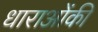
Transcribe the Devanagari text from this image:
धाराओंकी